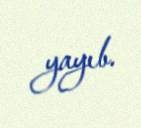
yayıb.